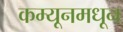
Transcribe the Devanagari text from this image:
कम्यूनमधून